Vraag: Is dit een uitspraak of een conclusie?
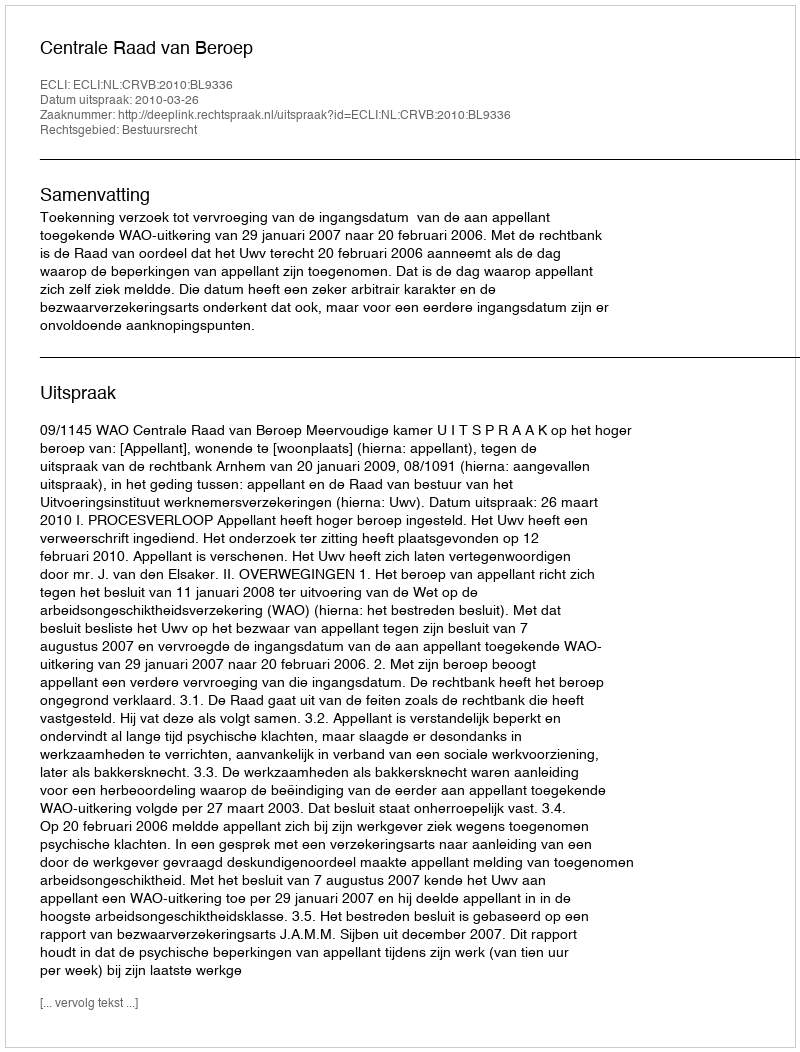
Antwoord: Uitspraak